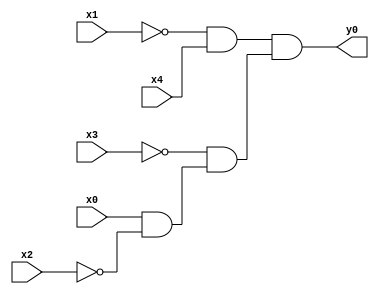
module top( x0 , x1 , x2 , x3 , x4 , y0 );
  input x0 , x1 , x2 , x3 , x4 ;
  output y0 ;
  wire n6 , n7 , n8 , n9 ;
  assign n6 = ~x1 & x4 ;
  assign n7 = x0 & ~x2 ;
  assign n8 = ~x3 & n7 ;
  assign n9 = n6 & n8 ;
  assign y0 = n9 ;
endmodule